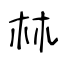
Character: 𣏟